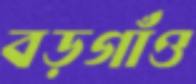
বড়গাঁও